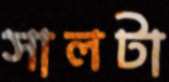
সালটা